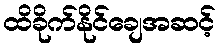
ထိခိုက်နိုင်ချေအဆင့်